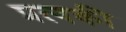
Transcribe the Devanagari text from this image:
प्रत्यकी